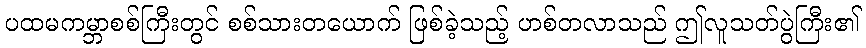
ပထမကမ္ဘာစစ်ကြီးတွင် စစ်သားတယောက် ဖြစ်ခဲ့သည့် ဟစ်တလာသည် ဤလူသတ်ပွဲကြီး၏